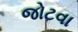
જોટવા